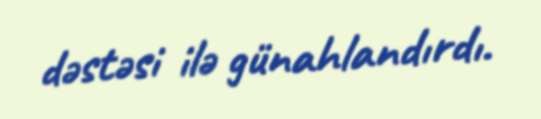
dəstəsi ilə günahlandırdı.